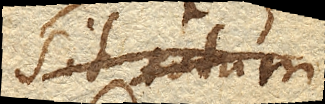
sit totum.